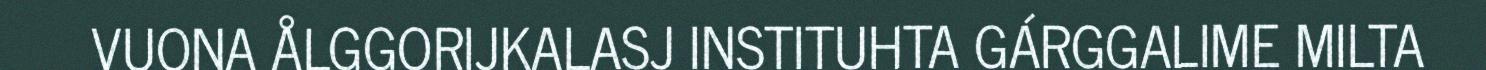
VUONA ÅLGGORIJKALASJ INSTITUHTA GÁRGGALIME MILTA